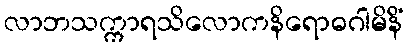
လာဘသက္ကာရသိလောကနိရောဓဂါမိနိံ